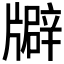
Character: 𤗺